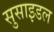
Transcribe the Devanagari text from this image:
सुसाइडल